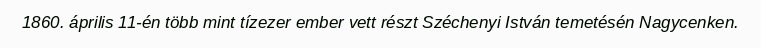
1860. április 11-én több mint tízezer ember vett részt Széchenyi István temetésén Nagycenken.